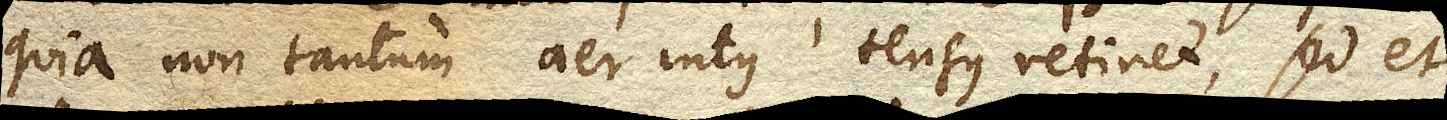
quia non tantum aer intus tensus retinet, sed et